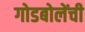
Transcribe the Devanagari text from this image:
गोडबोलेंची